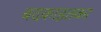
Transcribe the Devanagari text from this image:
बदकाइतका